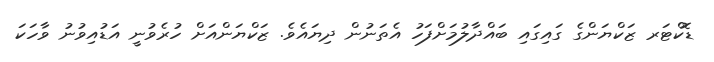
ޑޮކްޓަރ ޒަކްޔަންގެ ގައިގައި ބައްދާލުމަށްފަހު އެތަނުން ދިޔައެވެ. ޒަކްޔަންއަށް ހުރެވުނީ އަޑުއިވުނު ވާހަކަ